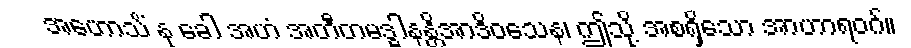
အဟောသိံ နု ခေါ အဟံ အတီတမဒ္ဓါနန္တိအာဒိဝသေန၊ ဤသို့ အစရှိသော အာဟာရဝဂ်။